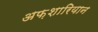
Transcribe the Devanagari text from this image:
अफ़शारियान